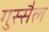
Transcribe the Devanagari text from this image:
गुस्‍सैल